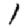
Digit: 1